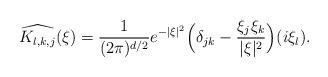
LaTeX: \begin{align*}\widehat{K_{l, k, j}}(\xi) = \frac{1}{(2\pi)^{d/2}}e^{-|\xi|^2}\Big(\delta_{jk} - \frac{\xi_j\xi_k}{|\xi|^2}\Big)(i\xi_l).\end{align*}